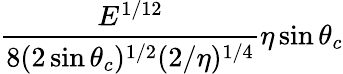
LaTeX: \frac{E^{1/12}}{8(2\sin\theta_{c})^{1/2}(2/\eta)^{1/4}}\eta\sin{\theta_{c}}